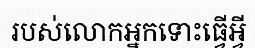
របស់លោកអ្នកទោះធ្វើអ្វី